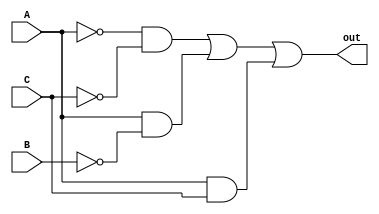
/*Problema11*/
module Problema11(input wire A, B, C, output wire out);

	wire w1, w2, w3, w4, w5 ,w6;
	not N1(w1, A);
	not N2(w2, B);
	not N3(w3, C);
	and A1(w4, w1, w3);
	and A2(w5, A, w2);
	and A3(w6, A, C);
	or O1(out, w4, w5, w6);
	
endmodule

/*Problema12*/
module Problema12(input wire A, B, C, output wire Y);

	assign Y= ~B;
	
endmodule

/*Problema13*/
module Problema13(input wire A, B, C, D, output wire out);

	wire w1, w2 , w3, w4, w5, w6, w7, w8, w9, w10, w11, w12;
	not N1(w1, A);
	not N2(w2, B);
	not N3(w3, C);
	not N4(w4, D);
	and A1(w5, w1, w2, w3, w4);
	and A2(w6, w1, w2, C, D);
	and A3(w7,w1, B, w3, D);
	and A4(w8,w1, B, C, w4);
	and A5(w9, A, B, w3, w4);
	and A6(w10,A, B, C, D);
	and A7(w11,A, w2, w3, D);
	and A8(w12,A, w2, C, w4);
	or O1(out, w5, w6, w7, w8, w9, w10, w11, w12);
	
	
endmodule

/*Problema14*/
module Problema14(input wire A, B, C, D, output wire Y);

	assign Y = (B&D)|(A&C)|(A&~D);

endmodule

/*Problema21*/
module Problema21(input wire A, B, C, D, output wire Y);

	assign Y = (~B&~C&~D)|(A&~D)|(A&~C)|(A&~B);

endmodule

/*Problema22*/
module Problema22(input wire A, B, C, output wire Y);

	assign Y = C | ~B;
	
endmodule

/*Problema23*/
module Problema23(input wire A, B, C, D, output wire out);

	wire w3, w5, w6;
	not N3(w3, C);
	and A1(w5, w3, D);
	and A2(w6, A, D);
	or O1(out, B, w5, w6);
	
endmodule

/*Problema24*/
module Problema24(input wire A, B, C, output wire out);

	wire w1, w3, w4;
	not N1(w1, A);
	not N3(w3, C);
	and A1(w4, w1, w3);
	or O1(out, B, w4);
	
endmodule